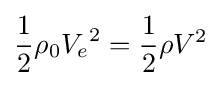
{\frac {1}{2}}\rho _{0}{V_{e}}^{2}={\frac {1}{2}}\rho V^{2}